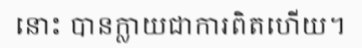
នោះ បានក្លាយជាការពិតហើយ។